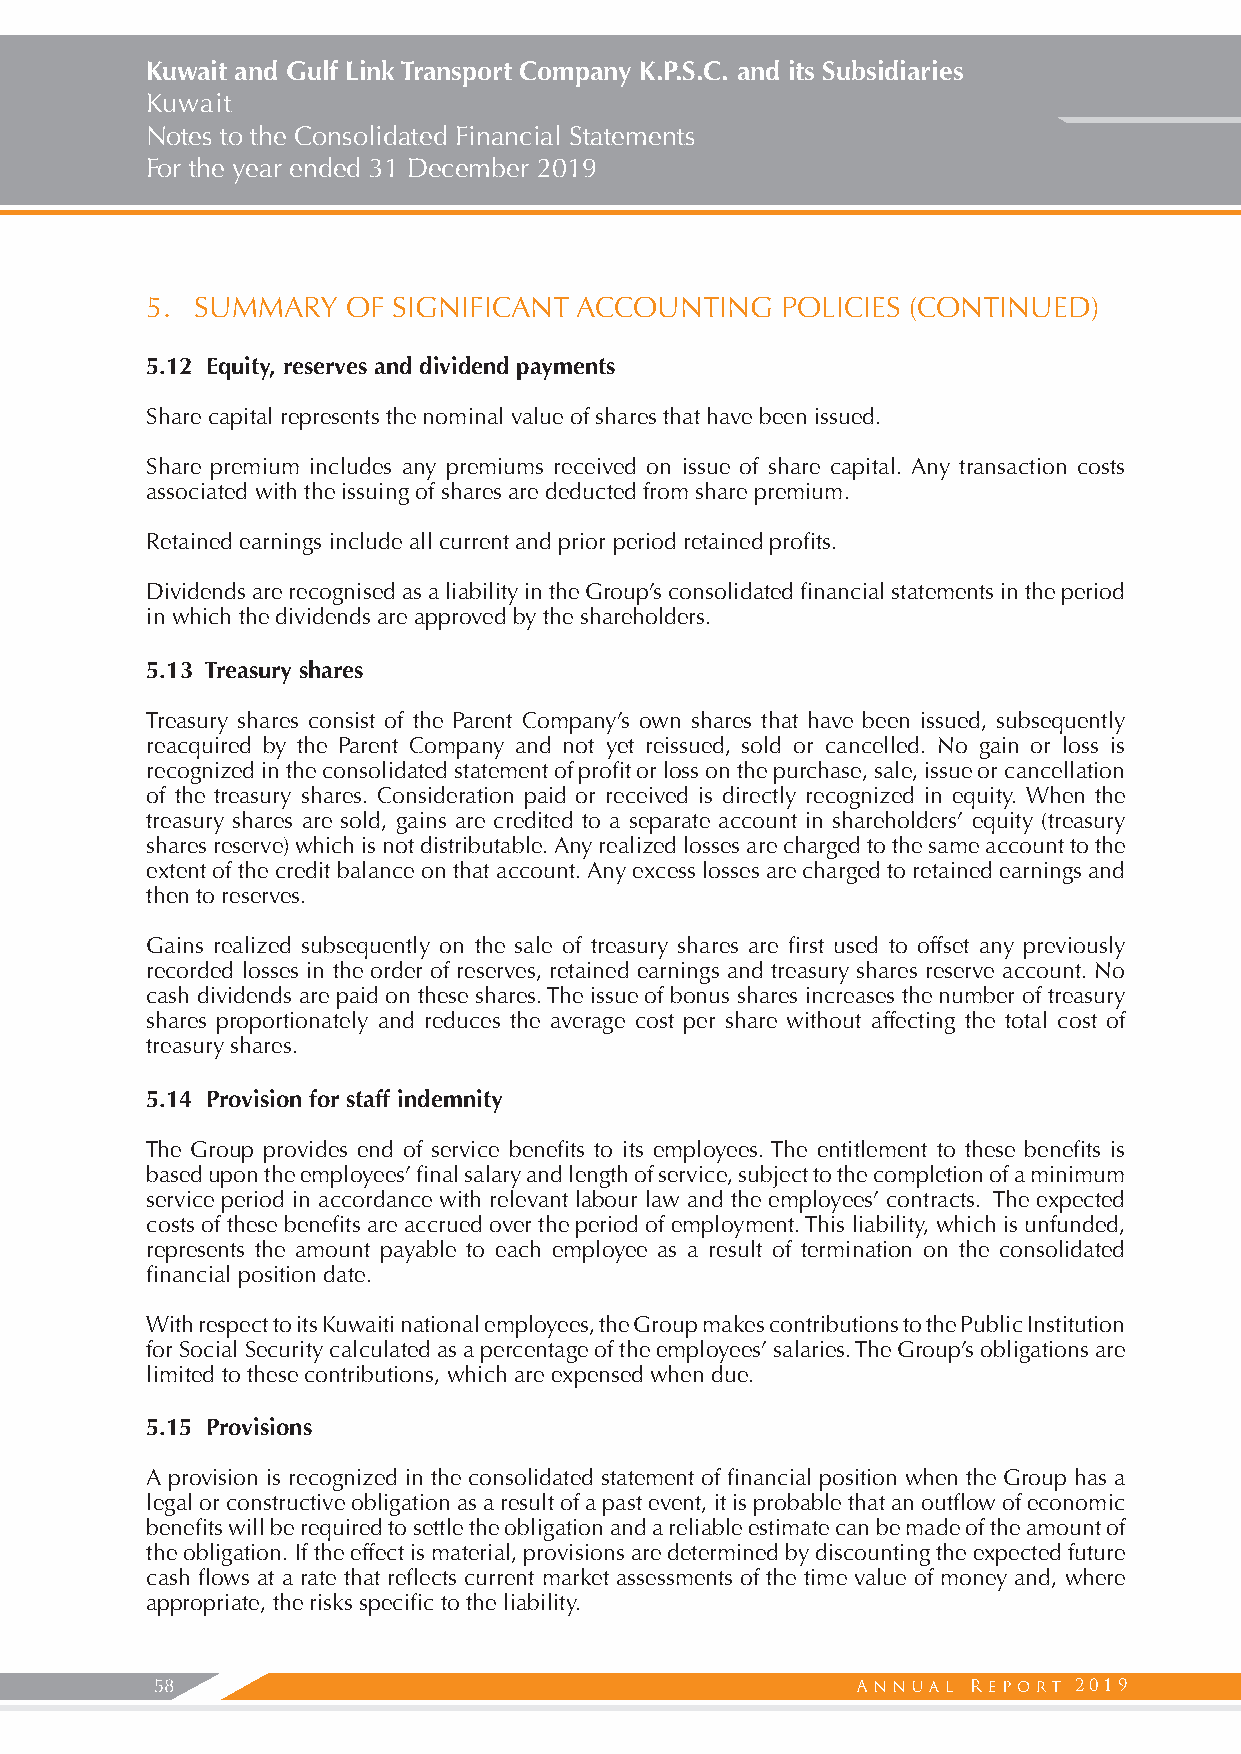
Kuwait and Gulf Link Transport Company K.P.S.C. and its Subsidiaries
 Kuwait
 Notes to the Consolidated Financial Statements
 For the year ended 31 December 2019
 5. SUMMARY   OF SIGNIFICANT ACCOUNTING    POLICIES (CONTINUED)
 5.12 Equity, reserves and dividend payments
 Share capital represents the nominal value of shares that have been issued.
 Share premium includes any premiums received on issue of share capital. Any transaction costs
 associated with the issuing of shares are deducted from share premium.
 Retained earnings include all current and prior period retained profits.
 Dividends are recognised as a liability in the Group’s consolidated financial statements in the period
 in which the dividends are approved by the shareholders.
 5.13 Treasury shares
 Treasury shares consist of the Parent Company’s own shares that have been issued, subsequently
 reacquired by the Parent Company and not yet reissued, sold or cancelled. No gain or loss is
 recognized in the consolidated statement of profit or loss on the purchase, sale, issue or cancellation
 of the treasury shares. Consideration paid or received is directly recognized in equity. When the
 treasury shares are sold, gains are credited to a separate account in shareholders’ equity (treasury
 shares reserve) which is not distributable. Any realized losses are charged to the same account to the
 extent of the credit balance on that account. Any excess losses are charged to retained earnings and
 then to reserves.
 Gains realized subsequently on the sale of treasury shares are first used to offset any previously
 recorded losses in the order of reserves, retained earnings and treasury shares reserve account. No
 cash dividends are paid on these shares. The issue of bonus shares increases the number of treasury
 shares proportionately and reduces the average cost per share without affecting the total cost of
 treasury shares.
 5.14 Provision for staff indemnity
 The Group provides end of service benefits to its employees. The entitlement to these benefits is
 based upon the employees’ final salary and length of service, subject to the completion of a minimum
 service period in accordance with relevant labour law and the employees’ contracts. The expected
 costs of these benefits are accrued over the period of employment. This liability, which is unfunded,
 represents the amount payable to each employee as a result of termination on the consolidated
 financial position date.
 With respect to its Kuwaiti national employees, the Group makes contributions to the Public Institution
 for Social Security calculated as a percentage of the employees’ salaries. The Group’s obligations are
 limited to these contributions, which are expensed when due.
 5.15 Provisions
 A provision is recognized in the consolidated statement of financial position when the Group has a
 legal or constructive obligation as a result of a past event, it is probable that an outflow of economic
 benefits will be required to settle the obligation and a reliable estimate can be made of the amount of
 the obligation. If the effect is material, provisions are determined by discounting the expected future
 cash flows at a rate that reflects current market assessments of the time value of money and, where
 appropriate, the risks specific to the liability.
 58                                                           2019